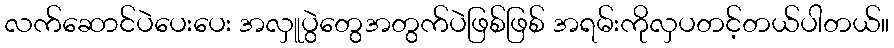
လက်ဆောင်ပဲပေးပေး အလှူပွဲတွေအတွက်ပဲဖြစ်ဖြစ် အရမ်းကိုလှပတင့်တယ်ပါတယ်။